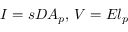
\, \, I = s D A _ { p } , \, V = E l _ { p }